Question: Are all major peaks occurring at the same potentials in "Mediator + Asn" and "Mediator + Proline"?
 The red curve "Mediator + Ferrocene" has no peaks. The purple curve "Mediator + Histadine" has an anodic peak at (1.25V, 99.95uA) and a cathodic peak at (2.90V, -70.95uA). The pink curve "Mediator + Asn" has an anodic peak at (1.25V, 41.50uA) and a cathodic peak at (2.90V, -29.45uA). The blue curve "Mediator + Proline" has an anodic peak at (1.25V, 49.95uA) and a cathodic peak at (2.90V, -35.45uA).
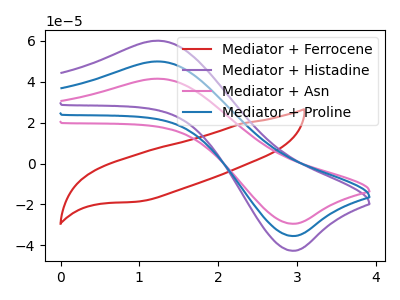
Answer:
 <answer>Yes, "Mediator + Asn" have a peak in "Mediator + Proline" at the same potential.</answer>
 <eval>match</eval>